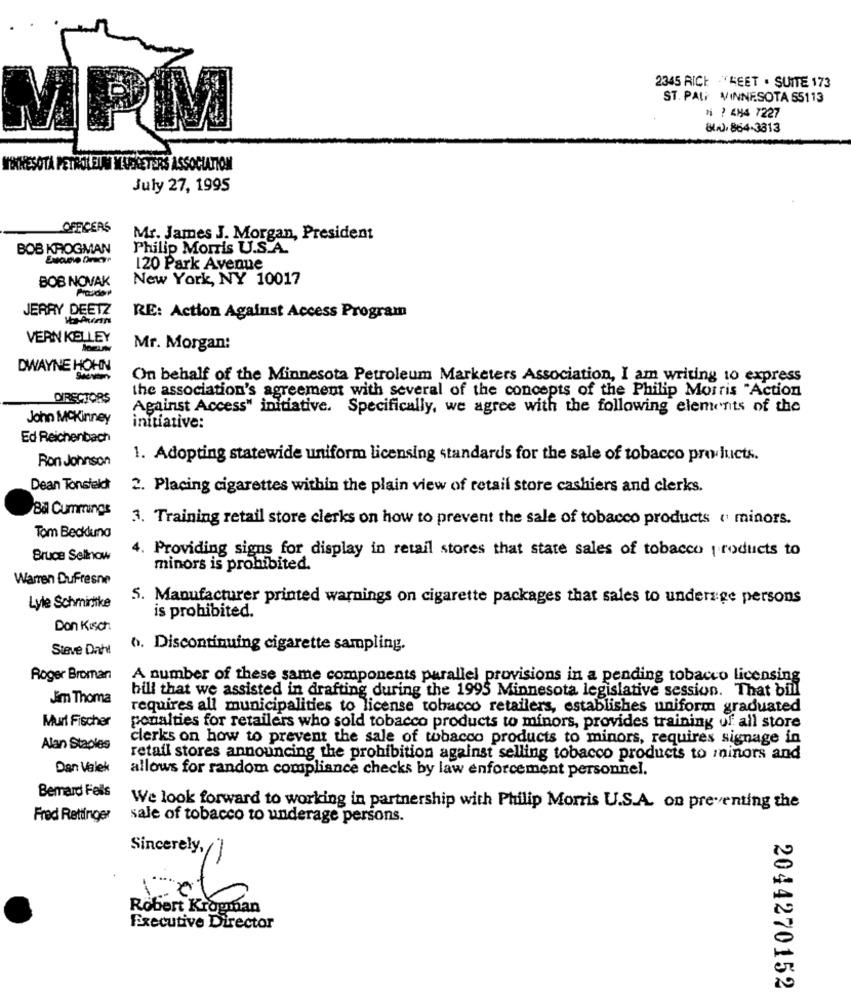
2345 RICE . LEET . SUITE 173
ST. PAL MINNESOTA 55113
* ? 484 7227
840, 864-3813
MPM
WOCHESOTA PETROLEUM MUSKETERS ASSOCIATION
July 27, 1995
OFFICERS
Mr. James J. Morgan, President
BOB KROGMAN
Philip Morris U.S.A.
120 Park Avenue
BOB NOVAK
New York, NY 10017
JERRY DEETZ
RE: Action Against Access Program
VERN KELLEY
Mr. Morgan:
DWAYNE HOHN
On behalf of the Minnesota Petroleum Marketers Association, I am writing to express
the association's agreement with several of the concepts of the Philip Morris "Action
DIRECTORS
Against Access" initiative. Specifically, we agree with the following elements of the
John MCKinney
initiative:
Ed Reichenbach
Ron Johnson
1. Adopting statewide uniform licensing standards for the sale of tobacco products.
Dean Tonsfeldt
2. Placing cigarettes within the plain view of retail store cashiers and clerks.
Bil Cummings
3. Training retail store clerks on how to prevent the sale of tobacco products ( minors.
Tom Beckduna
4. Providing signs for display in retail stores that state sales of tobacco products to
Bruce Selinow
minors is prohibited.
Warren Dufresne
5. Manufacturer printed warnings on cigarette packages that sales to underage persons
Lyle Schmittke
is prohibited.
Don Kisch.
Steve Dahl
6. Discontinuing cigarette sampling.
Roger Broman
A number of these same components parallel provisions in a pending tobacco licensing
bill that we assisted in drafting during the 1995 Minnesota legislative session. That bill
Jim Thoma
requires all municipalities to license tobacco retailers, establishes uniform graduated
Murt Fischer
penalties for retailers who sold tobacco products to minors, provides training of all store
clerks on how to prevent the sale of tobacco products to minors, requires signage in
Alan Staples
retail stores announcing the prohibition against selling tobacco products to minors and
Dan Valek
allows for random compliance checks by law enforcement personnel.
Bemard Feils
We look forward to working in partnership with Philip Morris U.S.A. on preventing the
Fred Rettinger
sale of tobacco to underage persons.
Sincerely,
Robert Krogman
Executive Director
2044270152